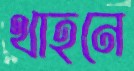
থাহনে